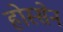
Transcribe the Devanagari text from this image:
होस्सेन